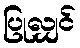
ပြုလျှင်